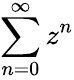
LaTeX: \sum_{n=0}^{\infty}z^{n}